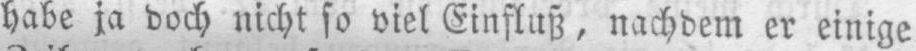
habe ja doch nicht so viel Einfluß, nachdem er einige